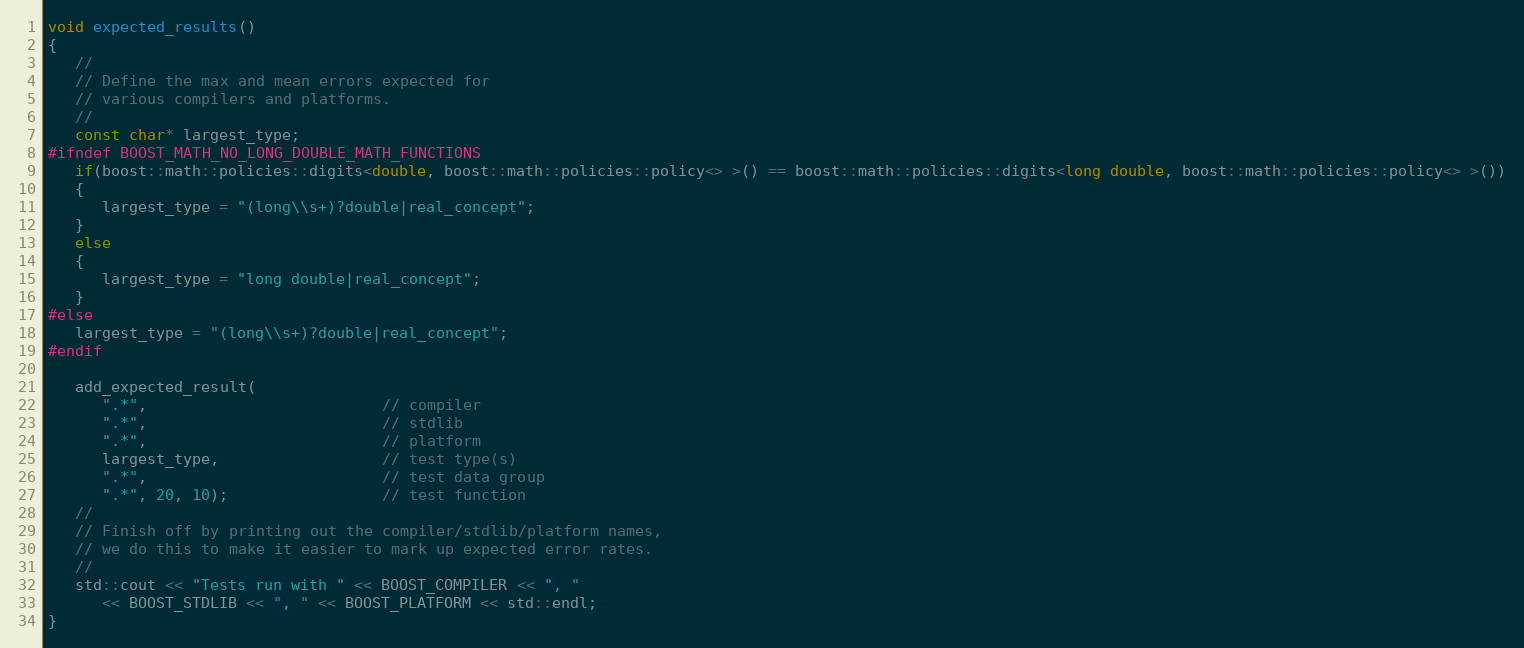
Language: C++
void expected_results()
{
   //
   // Define the max and mean errors expected for
   // various compilers and platforms.
   //
   const char* largest_type;
#ifndef BOOST_MATH_NO_LONG_DOUBLE_MATH_FUNCTIONS
   if(boost::math::policies::digits<double, boost::math::policies::policy<> >() == boost::math::policies::digits<long double, boost::math::policies::policy<> >())
   {
      largest_type = "(long\\s+)?double|real_concept";
   }
   else
   {
      largest_type = "long double|real_concept";
   }
#else
   largest_type = "(long\\s+)?double|real_concept";
#endif

   add_expected_result(
      ".*",                          // compiler
      ".*",                          // stdlib
      ".*",                          // platform
      largest_type,                  // test type(s)
      ".*",                          // test data group
      ".*", 20, 10);                 // test function
   //
   // Finish off by printing out the compiler/stdlib/platform names,
   // we do this to make it easier to mark up expected error rates.
   //
   std::cout << "Tests run with " << BOOST_COMPILER << ", "
      << BOOST_STDLIB << ", " << BOOST_PLATFORM << std::endl;
}